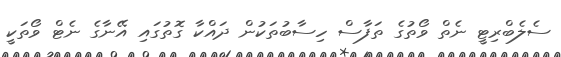
ސެލެބްރިޓީ ނެތް ވޯތުގެ ތަފާސް ހިސާބުތަކުން ދައްކާ ގޮތުގައި އޭނާގެ ނެޓް ވޯތަކީ